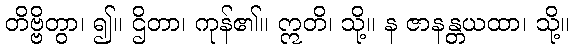
တိဗ္ဗိတွာ၊ ၍။ ဌိတာ၊ ကုန်၏။ ဣတိ၊ သို့။ န ဇာနန္တယထာ၊ သို့။